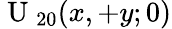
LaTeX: \mathrm{~U~}_{20}(x,+y;0)